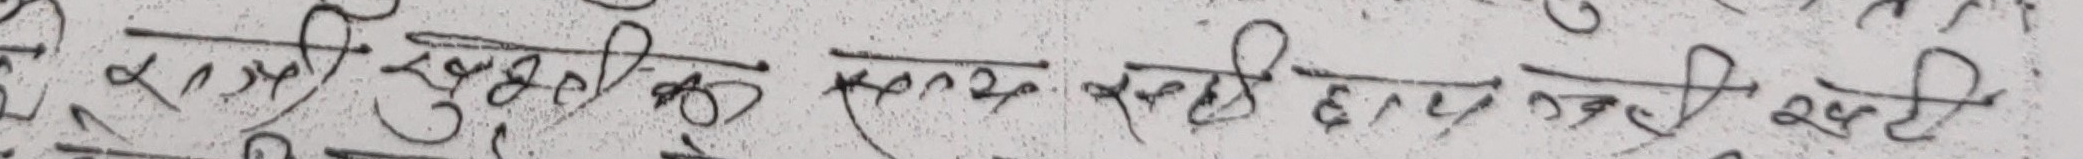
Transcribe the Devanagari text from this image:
सावित्री खुड़की में नहीं रही खड़ी